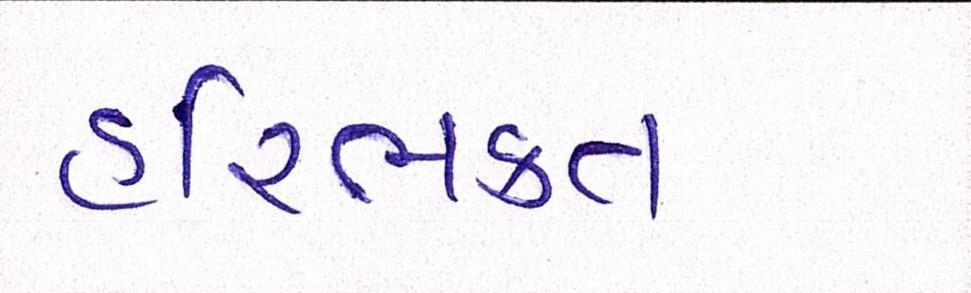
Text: હરિભકત